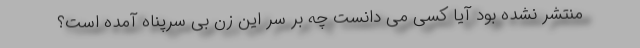
منتشر نشده بود آیا کسی می دانست چه بر سر این زن بی سرپناه آمده است؟